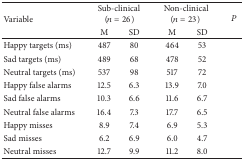
<table><thead><tr><td rowspan="2"><b>Variable</b></td><td colspan="2"><b>Sub-clinical (<i>n</i> = 26)</b></td><td colspan="2"><b>Non-clinical (<i>n</i> = 23)</b></td><td rowspan="2"><b><i>P</i></b></td></tr><tr><td><b>M</b></td><td><b>SD</b></td><td><b>M</b></td><td><b>SD</b></td></tr></thead><tbody><tr><td>Happy targets (ms)</td><td>487</td><td>80</td><td>464</td><td>53</td><td> </td></tr><tr><td>Sad targets (ms)</td><td>489</td><td>68</td><td>478</td><td>52</td><td> </td></tr><tr><td>Neutral targets (ms)</td><td>537</td><td>98</td><td>517</td><td>72</td><td> </td></tr><tr><td>Happy false alarms</td><td>12.5</td><td>6.3</td><td>13.9</td><td>7.0</td><td> </td></tr><tr><td>Sad false alarms</td><td>10.3</td><td>6.6</td><td>11.6</td><td>6.7</td><td> </td></tr><tr><td>Neutral false alarms</td><td>16.4</td><td>7.3</td><td>17.7</td><td>6.5</td><td> </td></tr><tr><td>Happy misses</td><td>8.9</td><td>7.4</td><td>6.9</td><td>5.3</td><td> </td></tr><tr><td>Sad misses</td><td>6.2</td><td>6.9</td><td>6.0</td><td>4.7</td><td> </td></tr><tr><td>Neutral misses</td><td>12.7</td><td>9.9</td><td>11.2</td><td>8.0</td><td> </td></tr></tbody></table>